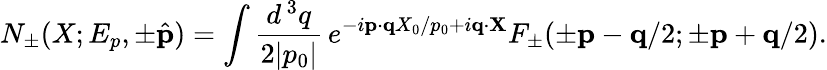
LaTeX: N_{\pm}(X;E_{p},\pm\hat{\mathbf p})=\int\frac{d^{\, 3}q}{2|p_{0}|}\, e^{-i{\mathbf p}\cdot{\mathbf q}X_{0}/p_{0}+i{\mathbf q}\cdot{\mathbf X}}F_{\pm}(\pm{\mathbf p}-{\mathbf q}/2;\pm{\mathbf p}+{\mathbf q}/2).